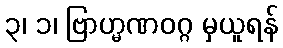
၃၊ ၁၊ ဗြာဟ္မဏဝဂ္ဂ မှယူရန်